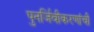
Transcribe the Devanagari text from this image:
पुनर्जिवीकरणांची